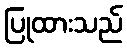
ပြုထားသည်